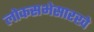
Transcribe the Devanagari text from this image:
लोकसभेसारखे